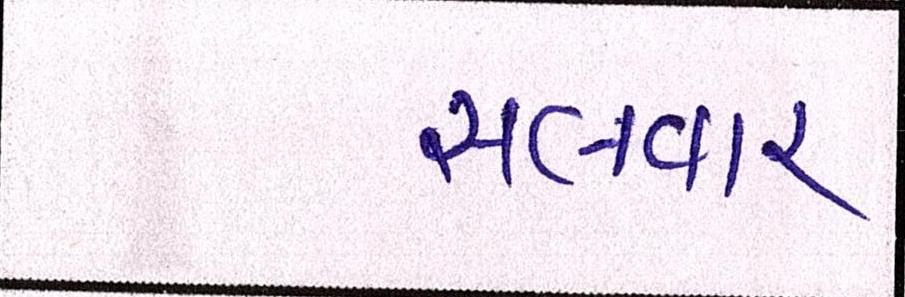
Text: સલવાર